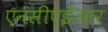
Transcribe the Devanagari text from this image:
एनसीएईआर